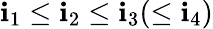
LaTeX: \mathbf{i}_{1}\leq\mathbf{i}_{2}\leq\mathbf{i}_{3}(\leq\mathbf{i}_{4})